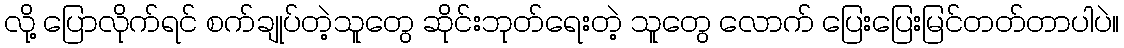
လို့ ပြောလိုက်ရင် စက်ချုပ်တဲ့သူတွေ ဆိုင်းဘုတ်ရေးတဲ့ သူတွေ လောက် ပြေးပြေးမြင်တတ်တာပါပဲ။